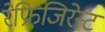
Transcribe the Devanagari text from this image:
रेफ्रिजिरेन्ट